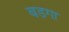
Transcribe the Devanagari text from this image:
बडगा